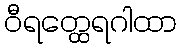
ဝီရတ္ထေရဂါထာ